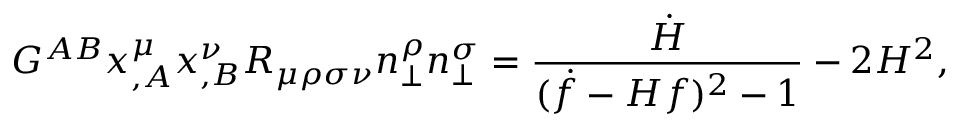
G ^ { A B } x _ { , A } ^ { \mu } x _ { , B } ^ { \nu } R _ { \mu \rho \sigma \nu } n _ { \perp } ^ { \rho } n _ { \perp } ^ { \sigma } = \frac { \dot { H } } { ( \dot { f } - H f ) ^ { 2 } - 1 } - 2 H ^ { 2 } ,